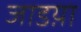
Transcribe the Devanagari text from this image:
जाडय़ा